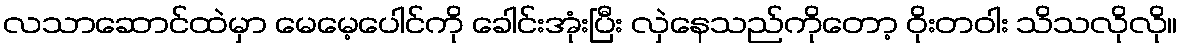
လသာဆောင်ထဲမှာ မေမေ့ပေါင်ကို ခေါင်းအုံးပြီး လှဲနေသည်ကိုတော့ ဝိုးတဝါး သိသလိုလို။